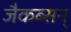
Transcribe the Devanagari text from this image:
जैकब्सन्